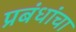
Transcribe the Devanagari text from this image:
प्रबंधांचा